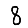
Digit: 8